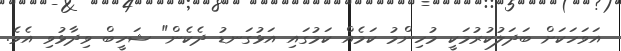
އަވަހަކަށް ބަދަލުކުރުމަކީ މުހިންމު ކަމެއް ކަމުގައި އަޅުގަނޑު ދެކެން" ޝަހީބް ވިދާޅުވި އެވެ.